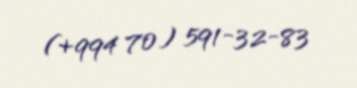
(+994 70) 591-32-83